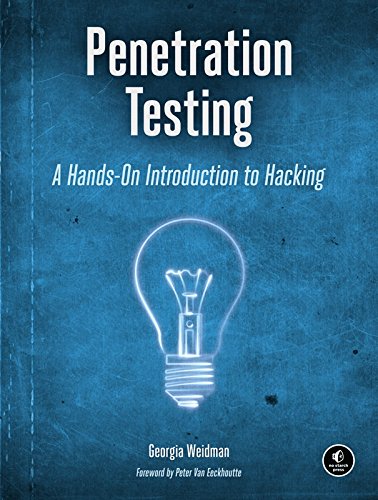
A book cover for Penetration Testing: A Hands-On Introduction to Hacking; Georgia Weidman; Computers & Technology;